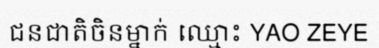
ជនជាតិចិនម្នាក់ ឈ្មោះ YAO ZEYE